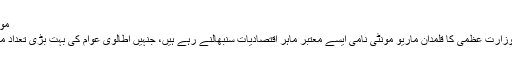
مونٹی ماریو، اطالوی معیشت میں سدھار پہلی ترجیح
یورپ کی تیسری سب سے بڑی معیشت اٹلی میں وزارت عظمیٰ کا قلمدان ماریو مونٹی نامی ایسے معتبر ماہر اقتصادیات سنبھالنے رہے ہیں، جنہیں اطالوی عوام کی بہت بڑی تعداد مالیاتی بحران کے اس دور میں مسیحا سمجھتی ہے۔